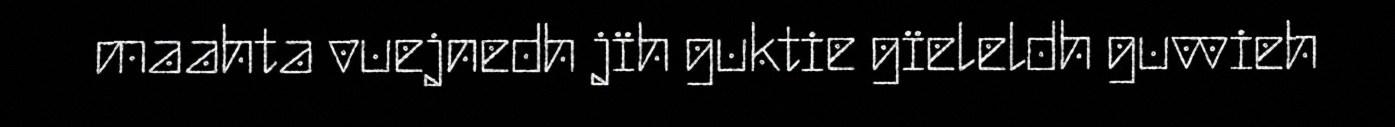
maahta vuejnedh jïh guktie gïeleldh guvvieh